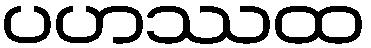
ပဟဿထ